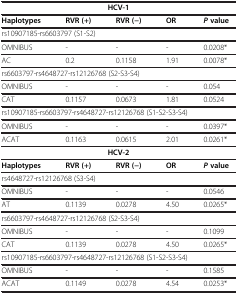
<table><thead><tr><td colspan="5"><b>HCV-1</b></td></tr><tr><td><b>Haplotypes</b></td><td><b>RVR (+)</b></td><td><b>RVR (−)</b></td><td><b>OR</b></td><td><b><i>P</i>value</b></td></tr></thead><tbody><tr><td colspan="5">rs10907185-rs6603797 (S1-S2)</td></tr><tr><td>OMNIBUS</td><td>-</td><td>-</td><td>-</td><td>0.0208*</td></tr><tr><td>AC</td><td>0.2</td><td>0.1158</td><td>1.91</td><td>0.0078*</td></tr><tr><td colspan="5">rs6603797-rs4648727-rs12126768 (S2-S3-S4)</td></tr><tr><td>OMNIBUS</td><td>-</td><td>-</td><td>-</td><td>0.054</td></tr><tr><td>CAT</td><td>0.1157</td><td>0.0673</td><td>1.81</td><td>0.0524</td></tr><tr><td colspan="5">rs10907185-rs6603797-rs4648727-rs12126768 (S1-S2-S3-S4)</td></tr><tr><td>OMNIBUS</td><td>-</td><td>-</td><td>-</td><td>0.0397*</td></tr><tr><td>ACAT</td><td>0.1163</td><td>0.0615</td><td>2.01</td><td>0.0261*</td></tr><tr><td colspan="5"><b>HCV-2</b></td></tr><tr><td><b>Haplotypes</b></td><td><b>RVR (+)</b></td><td><b>RVR (−)</b></td><td><b>OR</b></td><td><b><i>P</i></b><b>value</b></td></tr><tr><td colspan="5">rs4648727-rs12126768 (S3-S4)</td></tr><tr><td>OMNIBUS</td><td>-</td><td>-</td><td>-</td><td>0.0546</td></tr><tr><td>AT</td><td>0.1139</td><td>0.0278</td><td>4.50</td><td>0.0265*</td></tr><tr><td colspan="5">rs6603797-rs4648727-rs12126768 (S2-S3-S4)</td></tr><tr><td>OMNIBUS</td><td>-</td><td>-</td><td>-</td><td>0.1099</td></tr><tr><td>CAT</td><td>0.1139</td><td>0.0278</td><td>4.50</td><td>0.0265*</td></tr><tr><td colspan="5">rs10907185-rs6603797-rs4648727-rs12126768 (S1-S2-S3-S4)</td></tr><tr><td>OMNIBUS</td><td>-</td><td>-</td><td>-</td><td>0.1585</td></tr><tr><td>ACAT</td><td>0.1149</td><td>0.0278</td><td>4.54</td><td>0.0253*</td></tr></tbody></table>